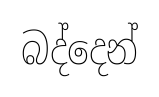
බද්දෙන්